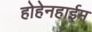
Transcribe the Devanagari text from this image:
होहेनहाईम